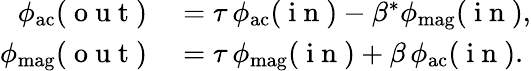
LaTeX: \begin{array}{rl}{\phi_{\mathrm{ac}}(\mathrm{~o~u~t~})}&{{}=\tau\, \phi_{\mathrm{ac}}(\mathrm{~i~n~})-\beta^{*}\phi_{\mathrm{mag}}(\mathrm{~i~n~}),}\\ {\phi_{\mathrm{mag}}(\mathrm{~o~u~t~})}&{{}=\tau\, \phi_{\mathrm{mag}}(\mathrm{~i~n~})+\beta\, \phi_{\mathrm{ac}}(\mathrm{~i~n~}).}\end{array}